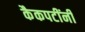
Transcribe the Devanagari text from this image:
कैकपटींनी